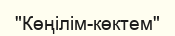
"Көңілім-көктем"